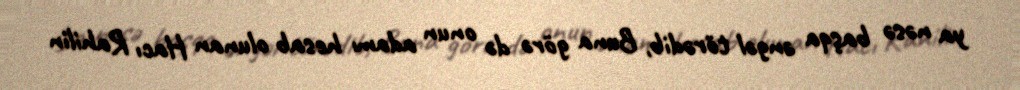
ya nəsə başqa əngəl törədib, Buna görə də onun adamı hesab olunan Hacı Rahilin